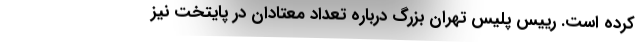
کرده است. رییس پلیس تهران بزرگ درباره تعداد معتادان در پایتخت نیز